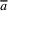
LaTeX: \overline { { a } }